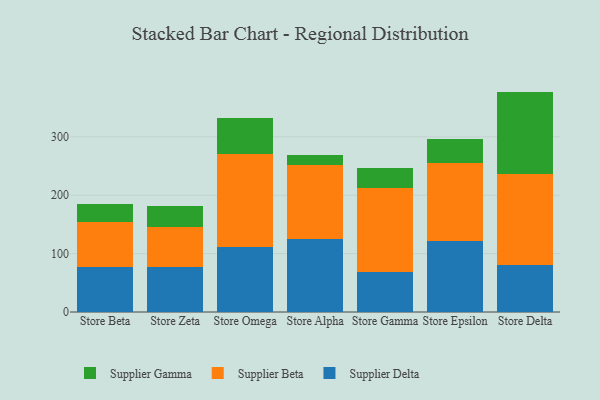
{"axis": {"x": "Store", "y": "Tickets Resolved"}, "legend": ["Supplier Beta", "Supplier Delta", "Supplier Gamma"], "data": [{"x": "Store Beta", "y": 76.7, "type": "Supplier Delta"}, {"x": "Store Beta", "y": 78.2, "type": "Supplier Beta"}, {"x": "Store Beta", "y": 30.3, "type": "Supplier Gamma"}, {"x": "Store Zeta", "y": 77.4, "type": "Supplier Delta"}, {"x": "Store Zeta", "y": 69.0, "type": "Supplier Beta"}, {"x": "Store Zeta", "y": 36.0, "type": "Supplier Gamma"}, {"x": "Store Omega", "y": 111.7, "type": "Supplier Delta"}, {"x": "Store Omega", "y": 159.2, "type": "Supplier Beta"}, {"x": "Store Omega", "y": 61.5, "type": "Supplier Gamma"}, {"x": "Store Alpha", "y": 124.2, "type": "Supplier Delta"}, {"x": "Store Alpha", "y": 127.6, "type": "Supplier Beta"}, {"x": "Store Alpha", "y": 16.4, "type": "Supplier Gamma"}, {"x": "Store Gamma", "y": 67.8, "type": "Supplier Delta"}, {"x": "Store Gamma", "y": 144.2, "type": "Supplier Beta"}, {"x": "Store Gamma", "y": 33.8, "type": "Supplier Gamma"}, {"x": "Store Epsilon", "y": 122.4, "type": "Supplier Delta"}, {"x": "Store Epsilon", "y": 132.0, "type": "Supplier Beta"}, {"x": "Store Epsilon", "y": 41.4, "type": "Supplier Gamma"}, {"x": "Store Delta", "y": 80.8, "type": "Supplier Delta"}, {"x": "Store Delta", "y": 154.9, "type": "Supplier Beta"}, {"x": "Store Delta", "y": 141.8, "type": "Supplier Gamma"}]}